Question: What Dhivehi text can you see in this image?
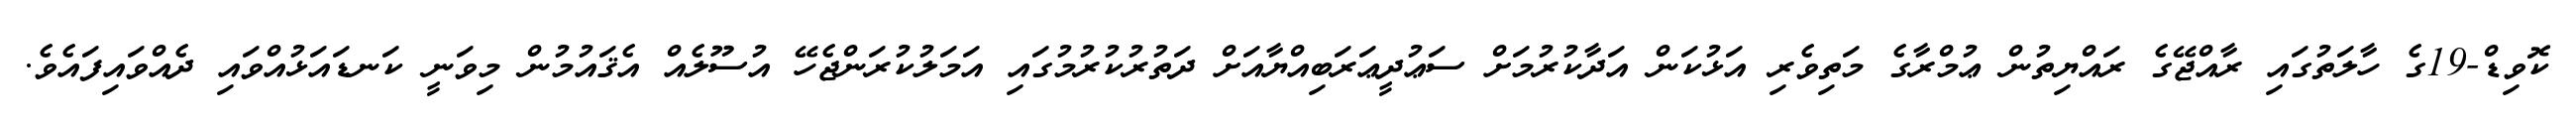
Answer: ކޮވިޑް-19ގެ ހާލަތުގައި ރާއްޖޭގެ ރައްޔިތުން ޢުމްރާގެ މަތިވެރި އަޅުކަން އަދާކުރުމަށް ސަޢުދީޢަރަބިއްޔާއަށް ދަތުރުކުރުމުގައި އަމަލުކުރަންޖެހޭ އުސޫލެއް އެޤައުމުން މިވަނީ ކަނޑައަޅުއްވައި ދެއްވައިފައެވެ.